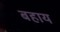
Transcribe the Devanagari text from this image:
बहाय